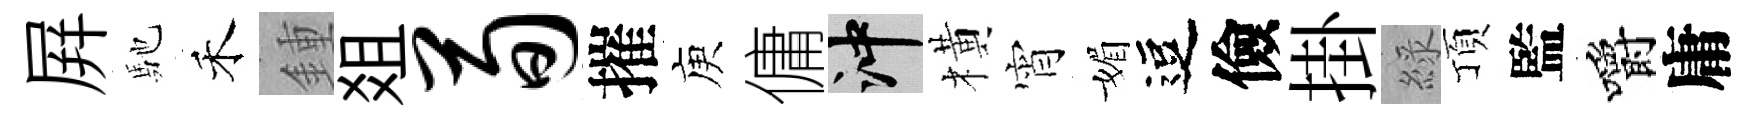
屛馳禾鍾爼荀摧庾傭冲橫宵媚逗儉掛綠頂監嚼庸